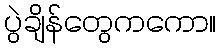
ပွဲချိန်တွေကကော။